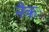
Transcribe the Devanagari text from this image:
नैकः